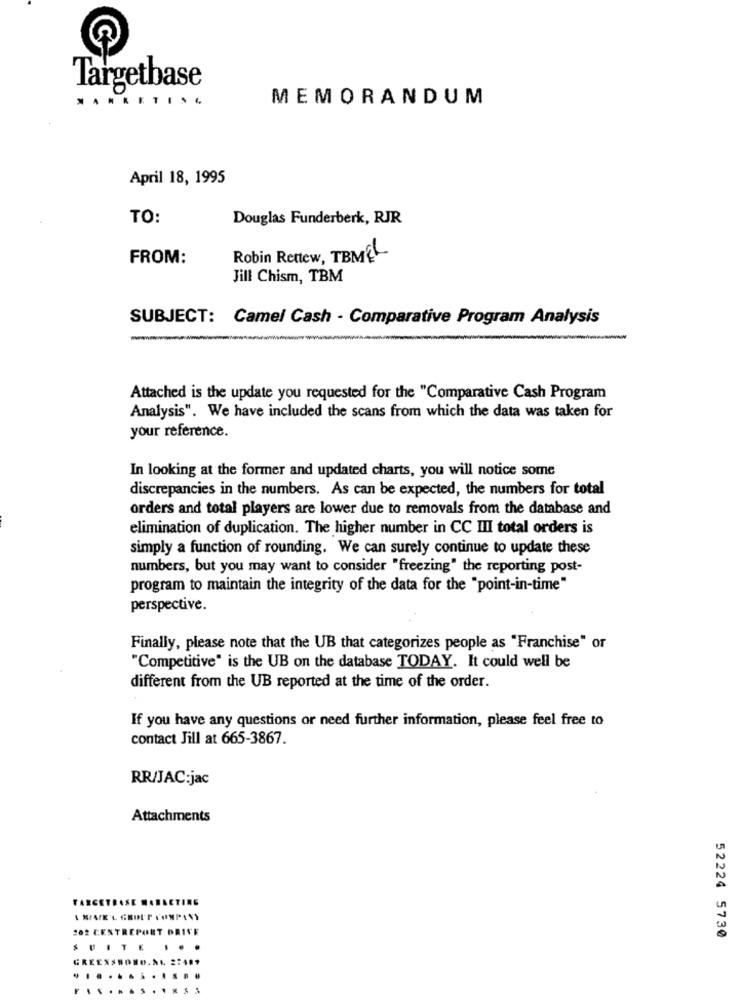
Targetbase
MEMORANDUM
April 18, 1995
TO:
Douglas Funderberk, RJR
FROM:
Robin Rettew, TBME
Jill Chism, TBM
SUBJECT: Camel Cash - Comparative Program Analysis
Attached is the update you requested for the "Comparative Cash Program
Analysis". We have included the scans from which the data was taken for
your reference.
In looking at the former and updated charts, you will notice some
discrepancies in the numbers. As can be expected, the numbers for total
orders and total players are lower due to removals from the database and
elimination of duplication. The higher number in CC III total orders is
simply a function of rounding. We can surely continue to update these
numbers, but you may want to consider "freezing" the reporting post-
program to maintain the integrity of the data for the "point-in-time"
perspective.
Finally, please note that the UB that categorizes people as "Franchise" or
"Competitive" is the UB on the database TODAY. It could well be
different from the UB reported at the time of the order.
If you have any questions or need further information, please feel free to
contact Jill at 665-3867.
RR/JAC:jac
Attachments
TARGETBASE WARACTING
202 CENTREPORT DRIVE
52224 5730
SUITE
...
GREENSBORO. AL 27401